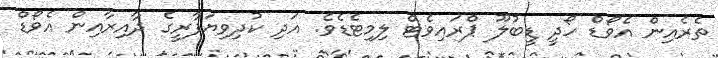
ތެރެއިން އެވޯޑް ހޯދީ ޑީބުލޫ ޕްރައިވެޓް ލިމިޓެޑެވެ. އަދި ކުދިވިޔަފާރީގެ ދާއިރާއިން އެވޯޑް